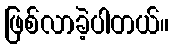
ဖြစ်လာခဲ့ပါတယ်။